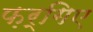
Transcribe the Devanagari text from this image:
फ़र्गिए